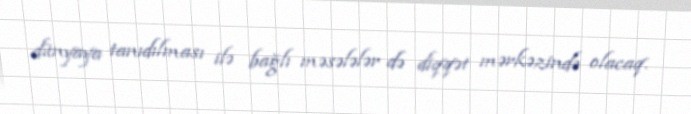
dünyaya tanıdılması ilə bağlı məsələlər də diqqət mərkəzində olacaq.